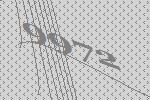
9972